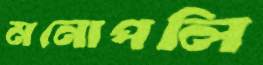
মনোপলি